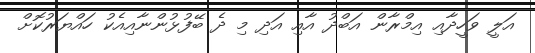
އަލީ ވަހީދާއި އިމްރާން އަބްދު އާއި އަދި މި ދެ ބޭފުޅުންނާއިއެކު ހައްޔަރުކޮށް